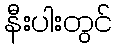
နီးပါးတွင်